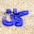
كان